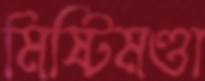
মিষ্টিমণ্ডা